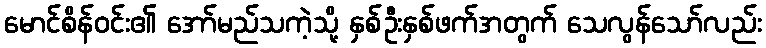
မောင်စိန်ဝင်း၏ အော်မည်သကဲ့သို့ နှစ်ဦးနှစ်ဖက်အတွက် သေလွန်သော်လည်း